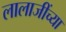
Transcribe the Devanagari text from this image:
लालाजींच्या